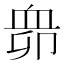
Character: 𧖱